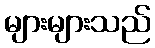
များများသည်